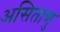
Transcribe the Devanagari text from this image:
असिताणु